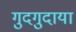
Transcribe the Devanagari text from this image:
गुदगुदाया